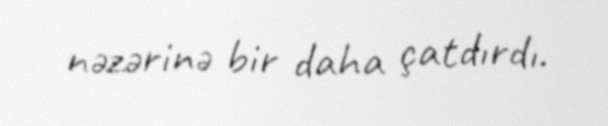
nəzərinə bir daha çatdırdı.